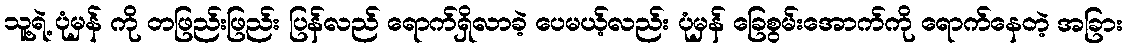
သူ့ရဲ့ ပုံမှန် ကို တဖြည်းဖြည်း ပြန်လည် ရောက်ရှိလာခဲ့ ပေမယ့်လည်း ပုံမှန် ခြေစွမ်းအောက်ကို ရောက်နေတဲ့ အခြား